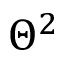
\Theta ^ { 2 }